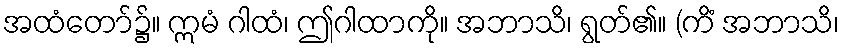
အထံတော်၌။ ဣမံ ဂါထံ၊ ဤဂါထာကို။ အဘာသိ၊ ရွတ်၏။ (ကိံ အဘာသိ၊